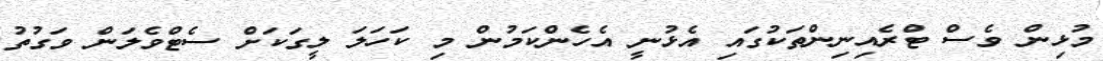
މުޅިން ވެސް ޓްރެއިނިންތަކުގައި އެޅުނީ އެހެންކަމުން މި ކަހަލަ ލީގަކަށް ސެޓްވެލަން ވަގުތު